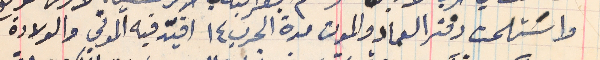
واسَتلمت دفتر العماد والموت مدة الحرب ١٤ اقيّد فيه الموتى والولادة